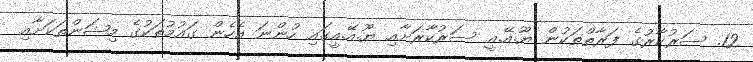
12. ސަރުކާރުގެ ފަރާތްތަކުން ޔޫ.އޭ.އީ ސަރުކާރަށާއި ޔޫ.އޭ.އީގައި ހުންނަ އެހެން ގައުމުތަކުގެ މިޝަންތަކަށާއި